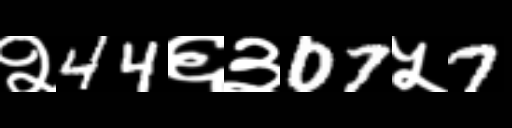
Text: २44६३07५7